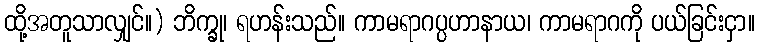
ထို့အတူသာလျှင်။) ဘိက္ခု၊ ရဟန်းသည်။ ကာမရာဂပ္ပဟာနာယ၊ ကာမရာဂကို ပယ်ခြင်းငှာ။